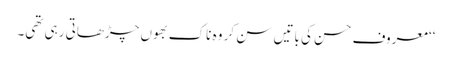
‘‘ معروف حسن کی باتیں سن کر وہ ناک بھوں چڑھاتی رہی تھی۔